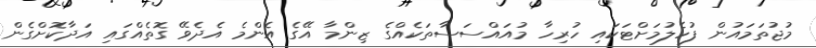
މުޖުތަމައުން ފުހެލުމަށްޓަކައި ހުރިހާ މުއައްސަސާތަކެއްގެ ޒިންމާ އޭގެ އެންމެ އެދެވޭ ގޮތެއްގައި އަދާކޮށްގެން